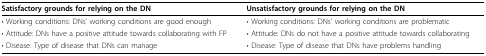
<table><thead><tr><td><b>Satisfactory grounds for relying on the DN</b></td><td><b>Unsatisfactory grounds for relying on the DN</b></td></tr></thead><tbody><tr><td>• Working conditions: DNs&#x27; working conditions are good enough</td><td>• Working conditions: DNs&#x27; working conditions are problematic</td></tr><tr><td>• Attitude: DNs have a positive attitude towards collaborating with FP</td><td>• Attitude: DNs do not have a positive attitude towards collaborating</td></tr><tr><td>• Disease: Type of disease that DNs can manage</td><td>• Disease: Type of disease that DNs have problems handling</td></tr></tbody></table>